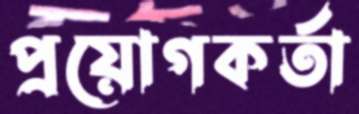
প্রয়োগকর্তা